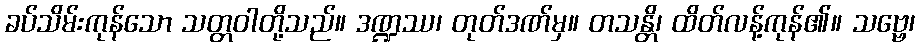
ခပ်သိမ်းကုန်သော သတ္တဝါတို့သည်။ ဒဏ္ဍဿ၊ တုတ်ဒဏ်မှ။ တသန္တိ၊ ထိတ်လန့်ကုန်၏။ သဗ္ဗေ၊